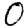
Digit: 0